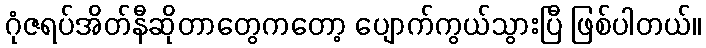
ဂုံဇရပ်အိတ်နီဆိုတာတွေကတော့ ပျောက်ကွယ်သွားပြီ ဖြစ်ပါတယ်။